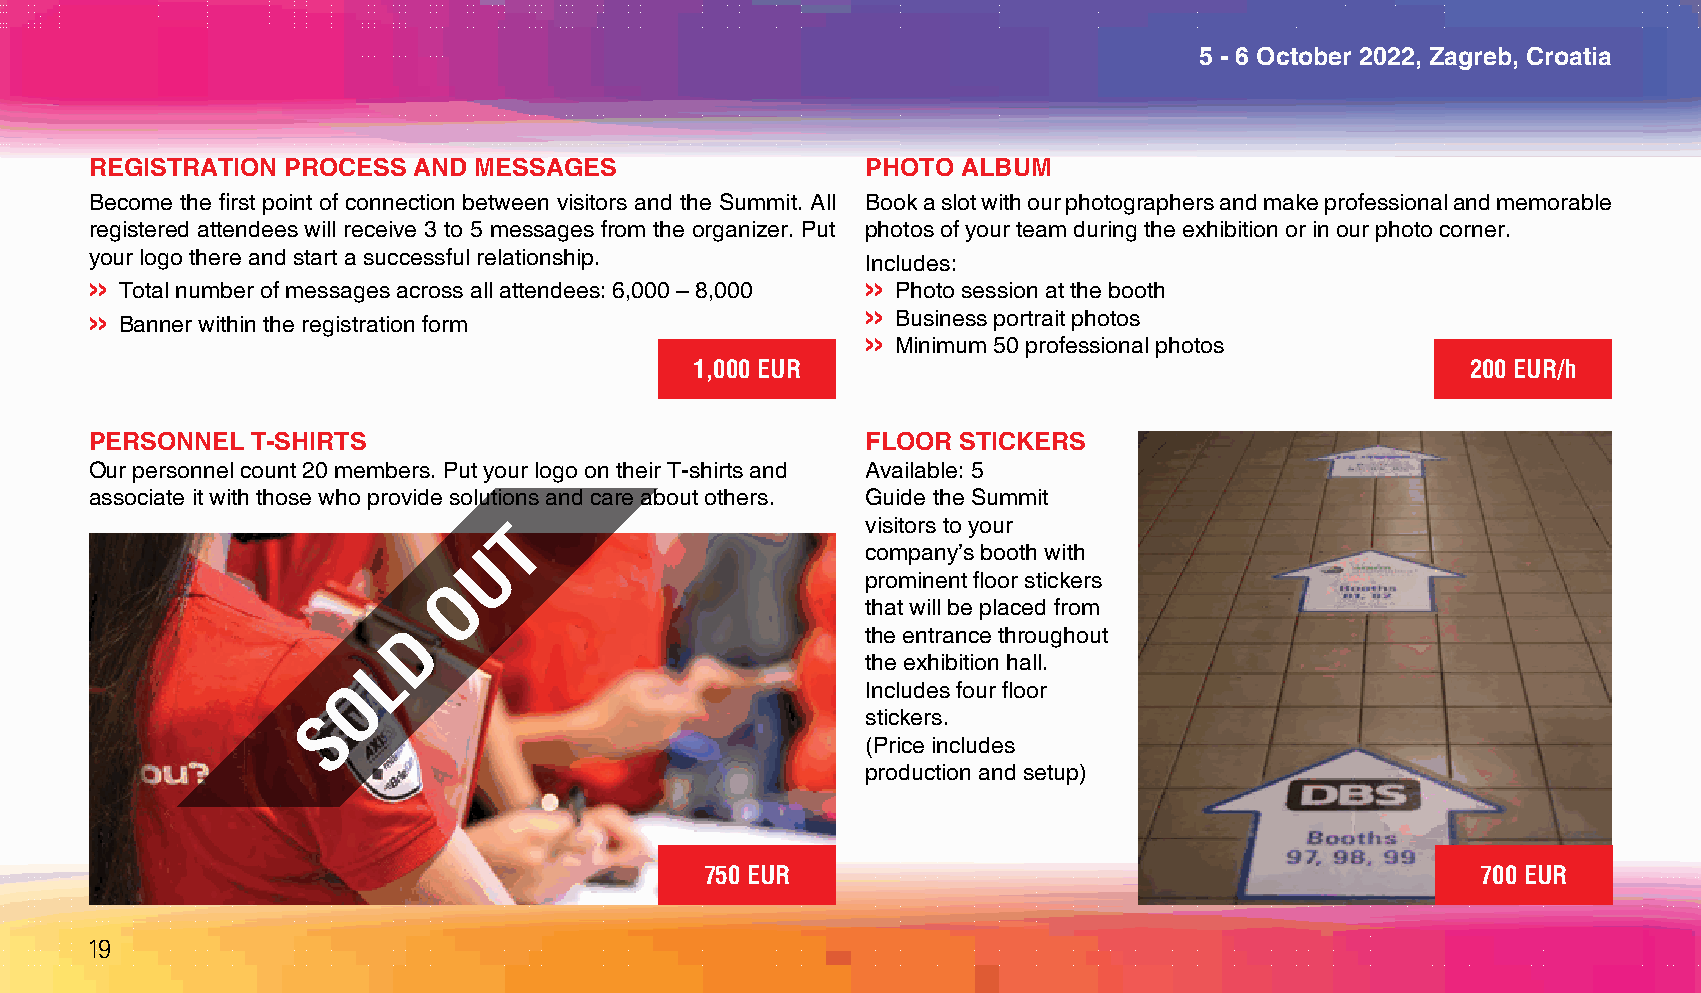
5 - 6 October 2022, Zagreb, Croatia
 REGISTRATION PROCESS AND MESSAGES                  PHOTO  ALBUM
 Become the first point of connection between visitors and the Summit. All Book a slot with our photographers and make professional and memorable
 registered attendees will receive 3 to 5 messages from the organizer. Put photos of your team during the exhibition or in our photo corner.
 your logo there and start a successful relationship. Includes:
 >> Total number of messages across all attendees: 6,000 – 8,000 >> Photo session at the booth
 >> Banner within the registration form             >> Business portrait photos
 >> Minimum 50 professional photos
 1,000 EUR                                          200 EUR/h
 PERSONNEL  T-SHIRTS                                FLOOR  STICKERS
 Our personnel count 20 members. Put your logo on their T-shirts and Available: 5
 associate it with those who provide solutions and care about others. Guide the Summit
 T                       visitors to your
 U                        company’s booth with
 O                          prominent floor stickers
 that will be placed from
 D                             the entrance throughout
 L                               the exhibition hall.
 O                                 Includes four floor
 S                                   stickers.
 (Price includes
 production and setup)
 750 EUR                                            700 EUR
 19